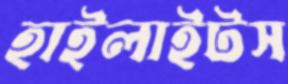
হাইলাইটস